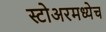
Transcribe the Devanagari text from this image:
स्टोअरमध्येच